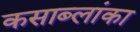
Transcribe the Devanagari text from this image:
कसाब्लांका